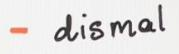
- dismal